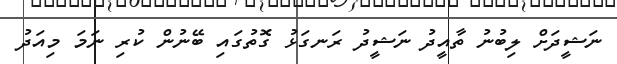
ނަޝީދަށް ލިބުނު ތާއީދު ނަޝީދު ރަނގަޅު ގޮތުގައި ބޭނުން ކުރި ނަމަ މިއަދު